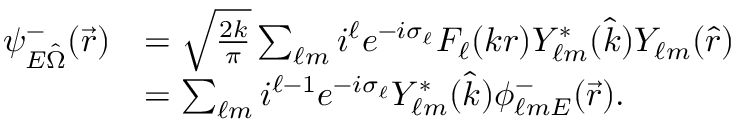
\begin{array} { r l } { \psi _ { E \hat { \Omega } } ^ { - } ( \vec { r } ) } & { = \sqrt { \frac { 2 k } { \pi } } \sum _ { \ell m } i ^ { \ell } e ^ { - i \sigma _ { \ell } } F _ { \ell } ( k r ) Y _ { \ell m } ^ { * } ( \hat { k } ) Y _ { \ell m } ( \hat { r } ) } \\ & { = \sum _ { \ell m } i ^ { \ell - 1 } e ^ { - i \sigma _ { \ell } } Y _ { \ell m } ^ { * } ( \hat { k } ) \phi _ { \ell m E } ^ { - } ( \vec { r } ) . } \end{array}